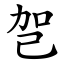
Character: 㠰